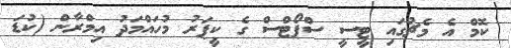
ކޮމް އެ މެޗުގައި ޓީސީ ސްޕޯޓްސް ގެ ކީޕަރު މުހައްމަދު އިމްރާން (ކުޑަ